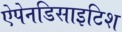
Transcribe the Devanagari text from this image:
ऐपेनडिसाइटिश